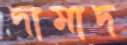
দামাদ